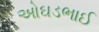
ઓઘડભાઈ